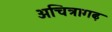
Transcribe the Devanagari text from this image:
अचित्रागढ़